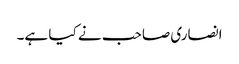
انصاری صاحب نے کیا ہے۔